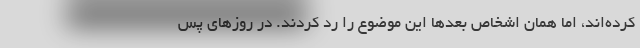
کرده‌اند، اما همان اشخاص بعدها این موضوع را رد کردند. در روزهای پس